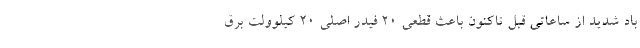
باد شدید از ساعاتی قبل تاکنون باعث قطعی ۲۰ فیدر اصلی ۲۰ کیلوولت برق